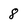
Character: 8